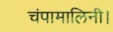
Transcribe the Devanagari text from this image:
चंपामालिनी।